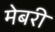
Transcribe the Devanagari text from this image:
मेबरी